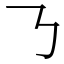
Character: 𠄎